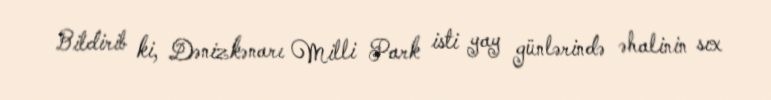
Bildirib ki, Dənizkənarı Milli Park isti yay günlərində əhalinin sıx